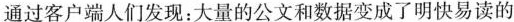
通过客户端人们发现：大量的公文和数据变成了明快易读的